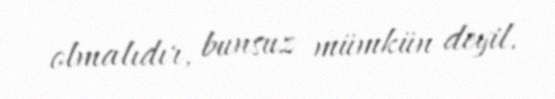
olmalıdır, bunsuz mümkün deyil.